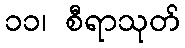
၁၁၊ စီရာသုတ်